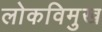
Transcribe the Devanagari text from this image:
लोकविमुख